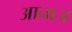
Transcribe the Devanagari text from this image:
आनाज